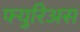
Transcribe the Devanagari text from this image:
फ्युरिअस